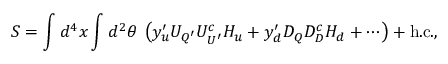
S = \int d ^ { 4 } x \int d ^ { 2 } \theta \; \left( y _ { u } ^ { \prime } { \cal U } _ { Q ^ { \prime } } { \cal U } _ { U ^ { \prime } } ^ { c } H _ { u } + y _ { d } ^ { \prime } { \cal D } _ { Q } { \cal D } _ { D } ^ { c } H _ { d } + \cdots \right) + \mathrm { h . c . } ,